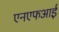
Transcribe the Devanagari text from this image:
एनएफआई